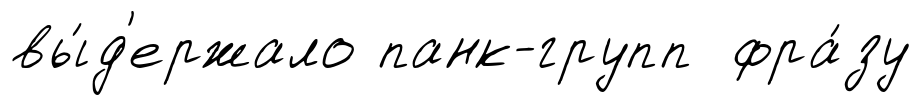
вы́д'ержало панк-групп фра́зу